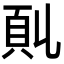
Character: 𩑍